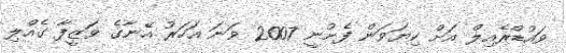
ވައުޑްރެއިލް އަށް ކިޔަވަން ފެށުނީ 2007 ވަނަ އަހަރު އޭނާގެ ވަޒީފާ ގެއްލި